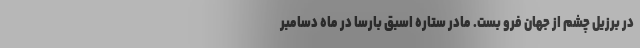
در برزیل چشم از جهان فرو بست. مادر ستاره اسبق بارسا در ماه دسامبر